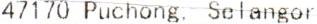
47170 PUCHONG, SELANGOR